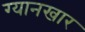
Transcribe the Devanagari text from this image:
ग्यानखार